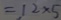
= 1 2 \times 5